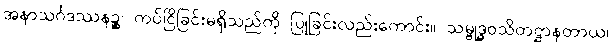
အနာသင်္ဂဒဿနဉ္စ၊ ကပ်ငြိခြင်းမရှိသည်ကို ပြုခြင်းလည်းကောင်း။ သမ္ဗုဒ္ဓဝသိတဋ္ဌာနတာယ၊